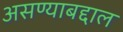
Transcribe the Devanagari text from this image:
असण्याबद्दाल